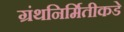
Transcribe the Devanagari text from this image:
ग्रंथनिर्मितीकडे